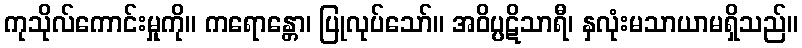
ကုသိုလ်ကောင်းမှုကို။ ကရောန္တော၊ ပြုလုပ်သော်။ အဝိပ္ပဋိသာရီ၊ နှလုံးမသာယာမရှိသည်။